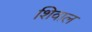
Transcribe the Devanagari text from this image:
शिवाल